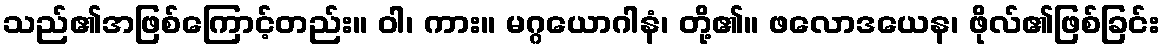
သည်၏အဖြစ်ကြောင့်တည်း။ ဝါ၊ ကား။ မဂ္ဂယောဂါနံ၊ တို့၏။ ဖလောဒယေန၊ ဖိုလ်၏ဖြစ်ခြင်း